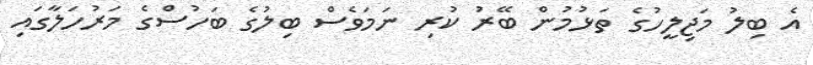
އެ ބިލު މަޖިލީހުގެ ތަޅުމުން ބޭރު ކުރި ނަމަވެސް ބިލުގެ ބަހުސްގެ މަރުހަލާގައި